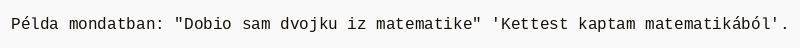
Példa mondatban: "Dobio sam dvojku iz matematike" 'Kettest kaptam matematikából'.